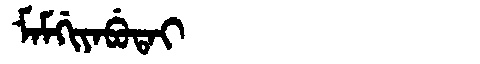
Manchu: ᠮᠠᠮᡤᡳᠶᠠᠪᡠᡨᠠᡳ
Romanization: MAMGIYABUTAI